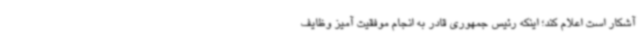
آشکار است اعلام کند؛ اینکه رئیس جمهوری قادر به انجام موفقیت آمیز وظایف